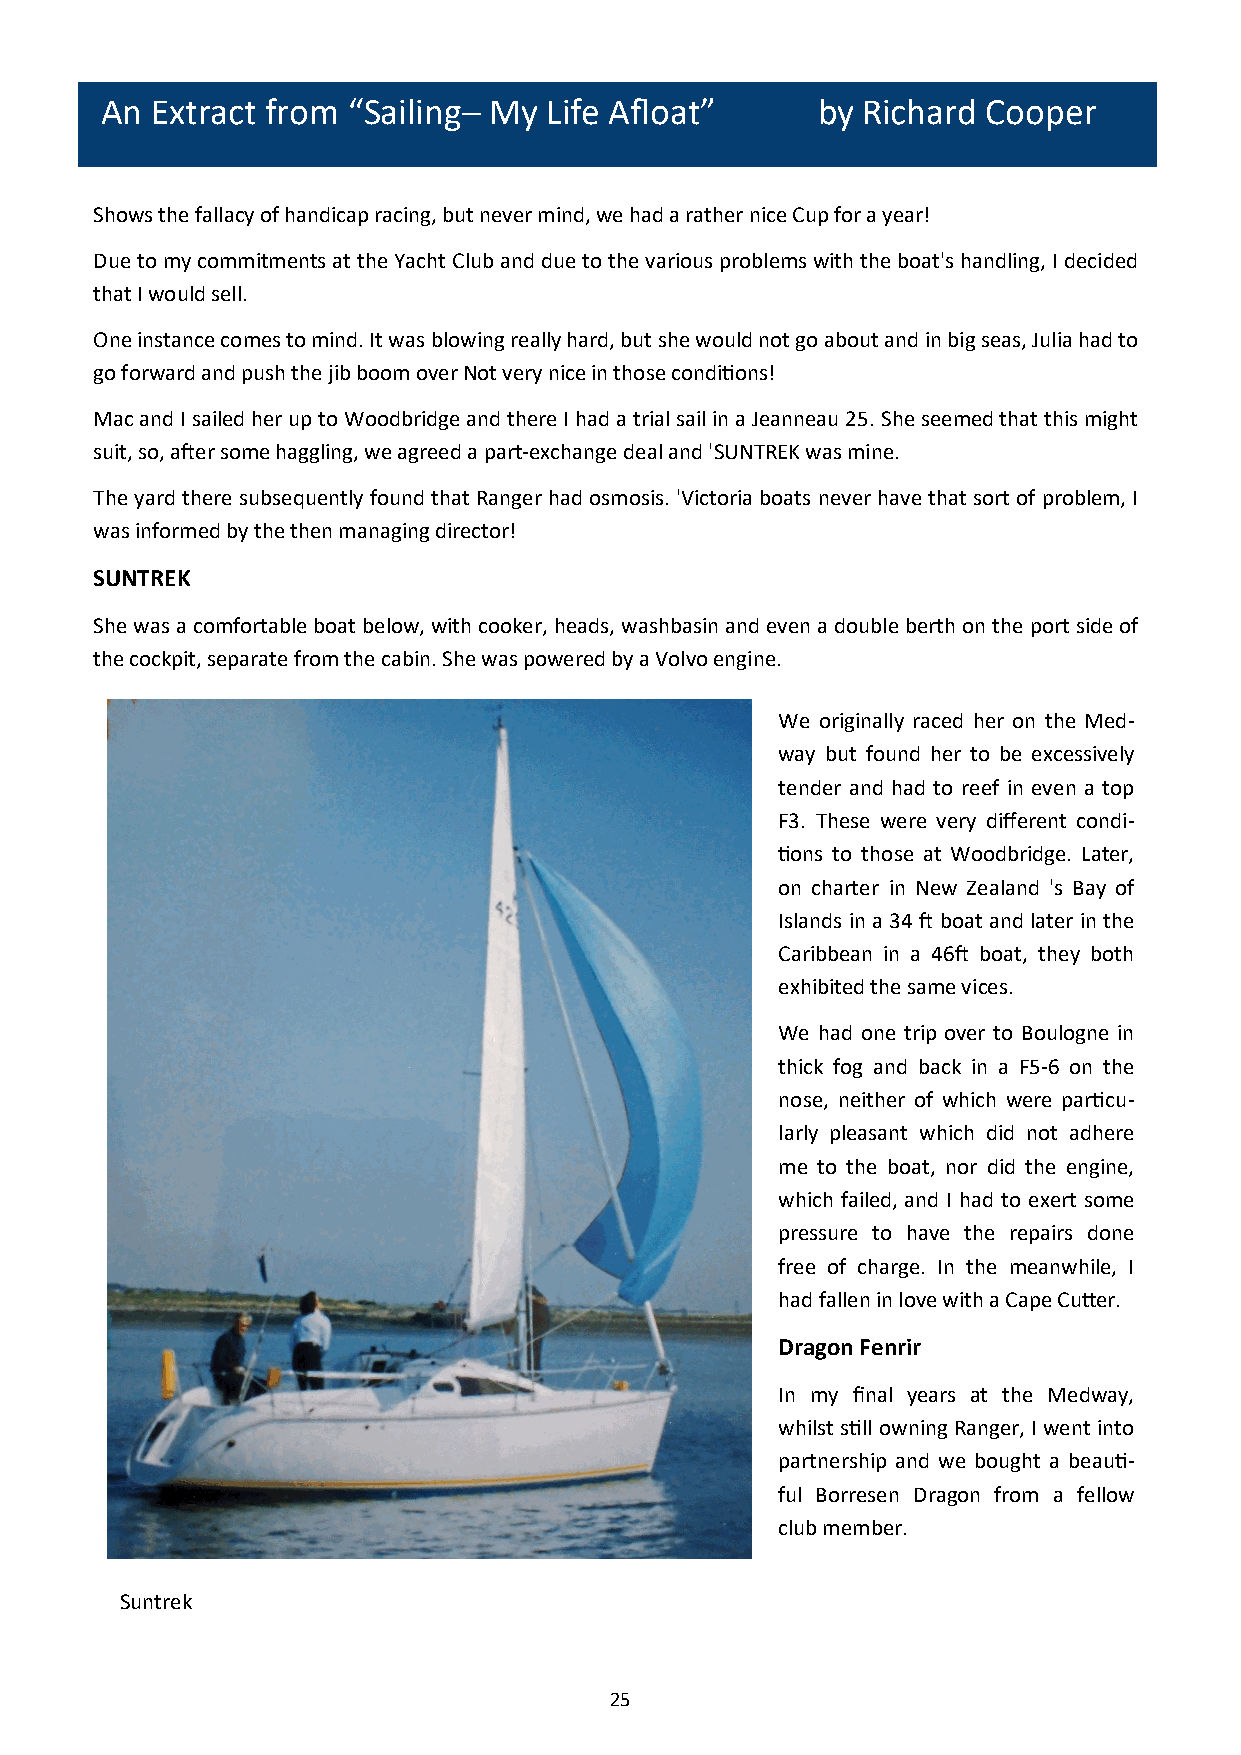
An Extract from “Sailing– My Life Afloat”      by Richard Cooper
 Shows the fallacy of handicap racing, but never mind, we had a rather nice Cup for a year!
 Due to my commitments at the Yacht Club and due to the various problems with the boat's handling, I decided
 that I would sell.
 One instance comes to mind. It was blowing really hard, but she would not go about and in big seas, Julia had to
 go forward and push the jib boom over Not very nice in those conditions!
 Mac and I sailed her up to Woodbridge and there I had a trial sail in a Jeanneau 25. She seemed that this might
 suit, so, after some haggling, we agreed a part-exchange deal and 'SUNTREK was mine.
 The yard there subsequently found that Ranger had osmosis. 'Victoria boats never have that sort of problem, I
 was informed by the then managing director!
 SUNTREK
 She was a comfortable boat below, with cooker, heads, washbasin and even a double berth on the port side of
 the cockpit, separate from the cabin. She was powered by a Volvo engine.
 We originally raced her on the Med-
 way but found her to be excessively
 tender and had to reef in even a top
 F3. These were very different condi-
 tions to those at Woodbridge. Later,
 on charter in New Zealand 's Bay of
 Islands in a 34 ft boat and later in the
 Caribbean in a 46ft boat, they both
 exhibited the same vices.
 We had one trip over to Boulogne in
 thick fog and back in a F5-6 on the
 nose, neither of which were particu-
 larly pleasant which did not adhere
 me to the boat, nor did the engine,
 which failed, and I had to exert some
 pressure to have the repairs done
 free of charge. In the meanwhile, I
 had fallen in love with a Cape Cutter.
 Dragon Fenrir
 In my final years at the Medway,
 whilst still owning Ranger, I went into
 partnership and we bought a beauti-
 ful Borresen Dragon from a fellow
 club member.
 A Solent Seagull
 Suntrek
 25